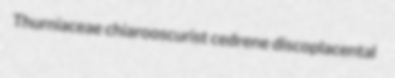
Thurniaceae chiarooscurist cedrene discoplacental